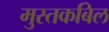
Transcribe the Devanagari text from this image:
मुस्तकबिल